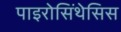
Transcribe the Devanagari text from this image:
पाइरोसिंथेसिस